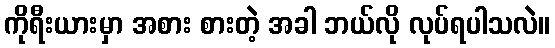
ကိုရီးယားမှာ အစား စားတဲ့ အခါ ဘယ်လို လုပ်ရပါသလဲ။